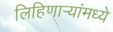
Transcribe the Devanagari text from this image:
लिहिणार्‍यांमध्ये